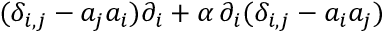
( \delta _ { i , j } - a _ { j } a _ { i } ) \partial _ { i } + { \alpha } \, \partial _ { i } ( \delta _ { i , j } - a _ { i } a _ { j } )